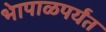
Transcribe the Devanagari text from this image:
भेापाळपर्यंत